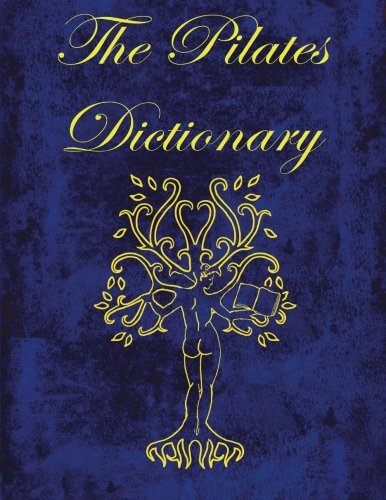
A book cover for The Pilates Dictionary; Ivon Dahl; Health, Fitness & Dieting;